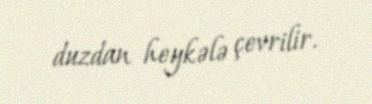
duzdan heykələ çevrilir.